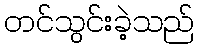
တင်သွင်းခဲ့သည်